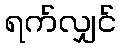
ရက်လျှင်